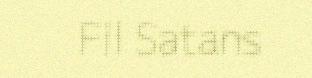
Fil Satans